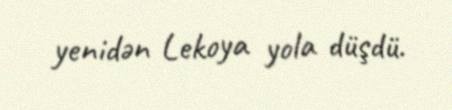
yenidən Lekoya yola düşdü.